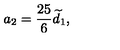
a _ { 2 } = \frac { 2 5 } { 6 } \widetilde { d } _ { 1 } ,